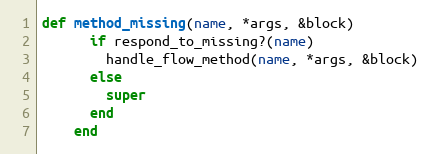
Language: Ruby
def method_missing(name, *args, &block)
      if respond_to_missing?(name)
        handle_flow_method(name, *args, &block)
      else
        super
      end
    end